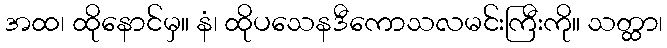
အထ၊ ထိုနောင်မှ။ နံ၊ ထိုပသေနဒီကောသလမင်းကြီးကို။ သတ္ထာ၊